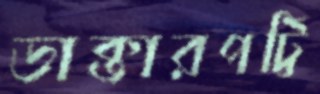
ডাক্তারপট্টি